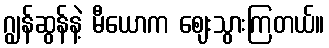
ဂျွန်ဆွန်နဲ့ မီယောက ဈေးသွားကြတယ်။